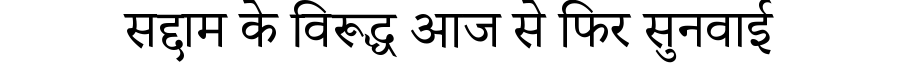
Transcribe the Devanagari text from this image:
सद्दाम के विरूद्ध आज से फिर सुनवाई